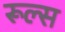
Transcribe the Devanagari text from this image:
रूल्‍स